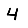
Digit: 4